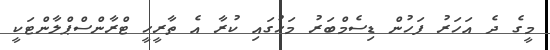
މީގެ ދެ އަހަރު ފަހުން ޑިސެމްބަރު މަހުގައި ކުރާ އެ ތާރީހީ ޓްރާންސްޕްލާންޓަކީ